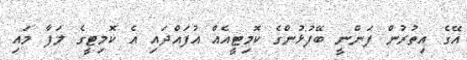
އޭގެ އިތުރުން ފަންނީ ބޭފުޅުންގެ ކޮމިޓީއެއް އުފައްދައި އެ ކޮމިޓީގެ ލަފާ މައި